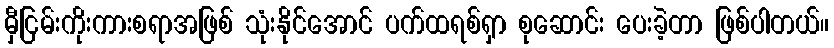
မှီငြမ်းကိုးကားစရာအဖြစ် သုံးနိုင်အောင် ပက်ထရစ်ရှာ စုဆောင်း ပေးခဲ့တာ ဖြစ်ပါတယ်။